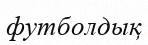
футболдық